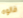
قالوه